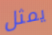
يمثل